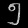
Digit: ၅